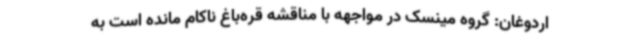
اردوغان: گروه مینسک در مواجهه با مناقشه قره‌باغ ناکام مانده است به